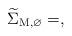
LaTeX: \begin{align*}\widetilde{\Sigma}_{\mathrm{M},\varnothing}=,\end{align*}